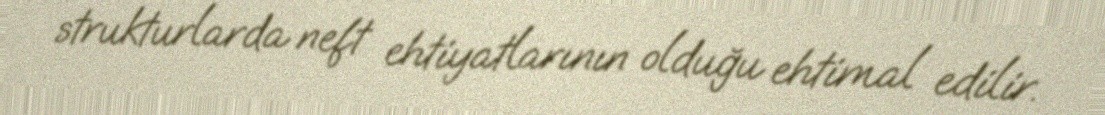
strukturlarda neft ehtiyatlarının olduğu ehtimal edilir.